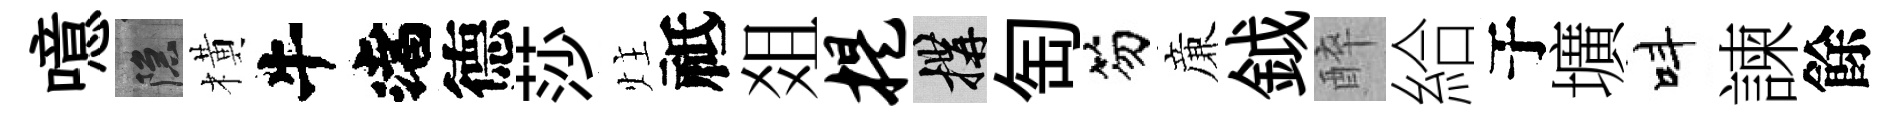
噫隱橫渚德莎炷祗爼提構匋笏亷鉞醉給于壙呌諫餘